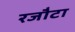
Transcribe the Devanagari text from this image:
रजौटा